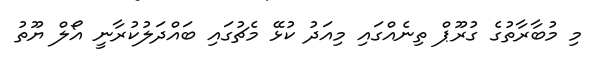
މި މުބާރާތުގެ ގުރޫޕް ތިނެއްގައި މިއަދު ކުޅޭ މެޗުގައި ބައްދަލުކުރާނީ އޯލް ޔޫތު